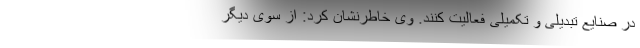
در صنایع تبدیلی و تکمیلی فعالیت کنند. وی خاطرنشان کرد: از سوی دیگر